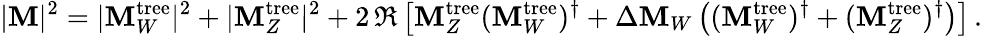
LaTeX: |{\cal\mathbf{M}}|^{2}=|{\cal\mathbf{M}}_{W}^{\mathrm{{tree}}}|^{2}+|{\cal\mathbf{M}}_{Z}^{\mathrm{{tree}}}|^{2}+2\, \Re\left[{\cal\mathbf{M}}_{Z}^{\mathrm{{tree}}}({\cal\mathbf{M}}_{W}^{\mathrm{{tree}}})^{\dagger}+\Delta{\cal\mathbf{M}}_{W}\left(({\cal\mathbf{M}}_{W}^{\mathrm{{tree}}})^{\dagger}+({\cal\mathbf{M}}_{Z}^{\mathrm{{tree}}})^{\dagger}\right)\right]\, .